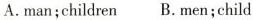
A. man; children B. men; child